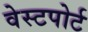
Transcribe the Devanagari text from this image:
वेस्‍टपोर्ट